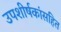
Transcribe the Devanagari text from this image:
उपशीर्षकांसहित